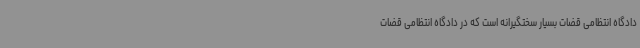
دادگاه انتظامی قضات بسیار سختگیرانه است که در دادگاه انتظامی قضات